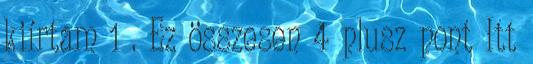
kiírtam 1 . Ez összesen 4 plusz pont Itt